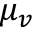
\mu _ { v }